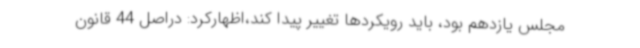
مجلس یازدهم بود، باید رویکردها تغییر پیدا کند،اظهارکرد: دراصل 44 قانون